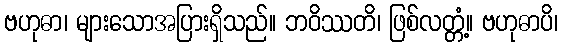
ဗဟုဓာ၊ များသောအပြားရှိသည်။ ဘဝိဿတိ၊ ဖြစ်လတ္တံ့။ ဗဟုဓာပိ၊